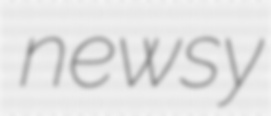
newsy